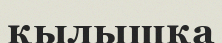
қылышқа